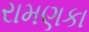
રામણકા